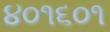
૪૦૧૬૦૧